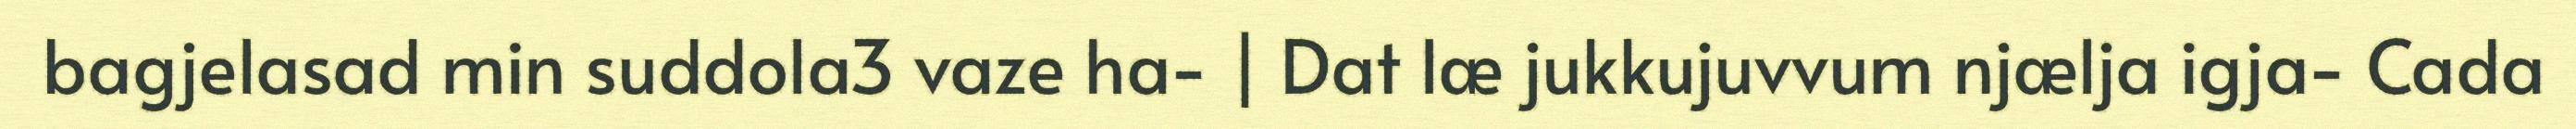
bagjelasad min suddola3 vaze ha- | Dat læ jukkujuvvum njælja igja- Cada